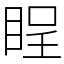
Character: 睈